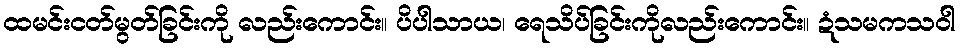
ထမင်းငတ်မွတ်ခြင်းကို လည်းကောင်း။ ပိပါသာယ၊ ရေသိပ်ခြင်းကိုလည်းကောင်း။ ဍံသမကသဝါ